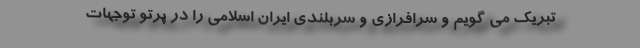
تبریک می گویم و سرافرازی و سربلندی ایران اسلامی را در پرتو توجهات